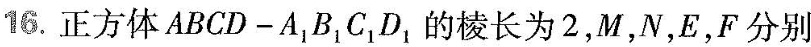
16.正方体ABCD-A_{1}B_{1}C_{1}D_{1}的棱长为2，M，N，E，F分别